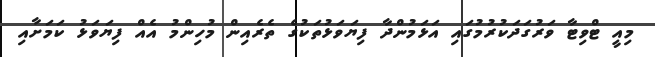
މިއީ ޓްވިޓާ ވަރުގަދަކުރުމުގައި އަޅަމުންދާ ފިޔަވަޅުތަކުގެ ތެރެއިން މުހިންމު އެއް ފިޔަވަޅު ކަމަށާއި